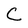
Character: C